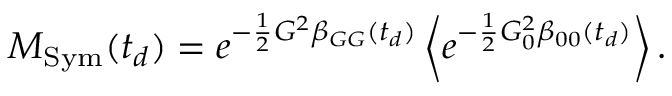
M _ { \mathrm { S y m } } ( t _ { d } ) = e ^ { - \frac { 1 } { 2 } G ^ { 2 } \beta _ { G G } ( t _ { d } ) } \left\langle e ^ { - \frac { 1 } { 2 } G _ { 0 } ^ { 2 } \beta _ { 0 0 } ( t _ { d } ) } \right\rangle .